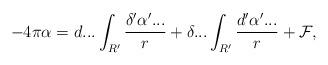
LaTeX: \begin{align*}-4\pi \alpha =d...\int_{R^{\prime }}\frac{\delta ^{\prime }\alpha ^{\prime}...}{r}+\delta ...\int_{R^{\prime }}\frac{d^{\prime }\alpha ^{\prime }...}{r}+\mathcal{F},\end{align*}